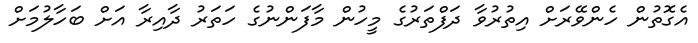
އެގޮތުން ހެންވޭރަށް އިތުރުވާ ދަފްތަރުގެ މީހުން މާފަންނުގެ ހަތަރު ދާއިރާ އަށް ބަހާލުމަށް